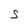
Character: S